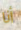
أنا